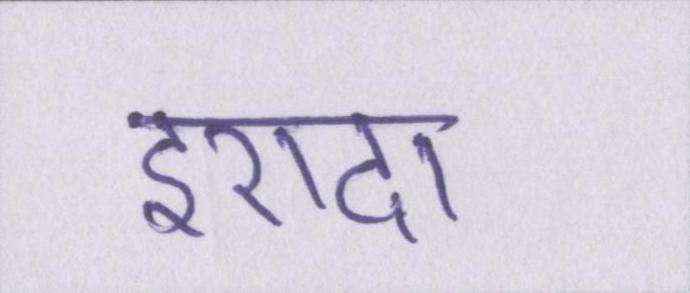
इरादा